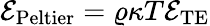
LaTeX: \mathcal{E}_{\mathrm{Peltier}}=\varrho\kappa T\mathcal{E}_{\mathrm{TE}}